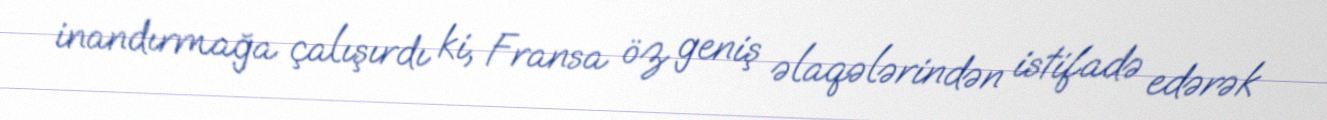
inandırmağa çalışırdı ki, Fransa öz geniş əlaqələrindən istifadə edərək